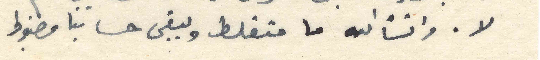
لا. وانشالله ما منغلط ويبقى حسابنا مضبوط